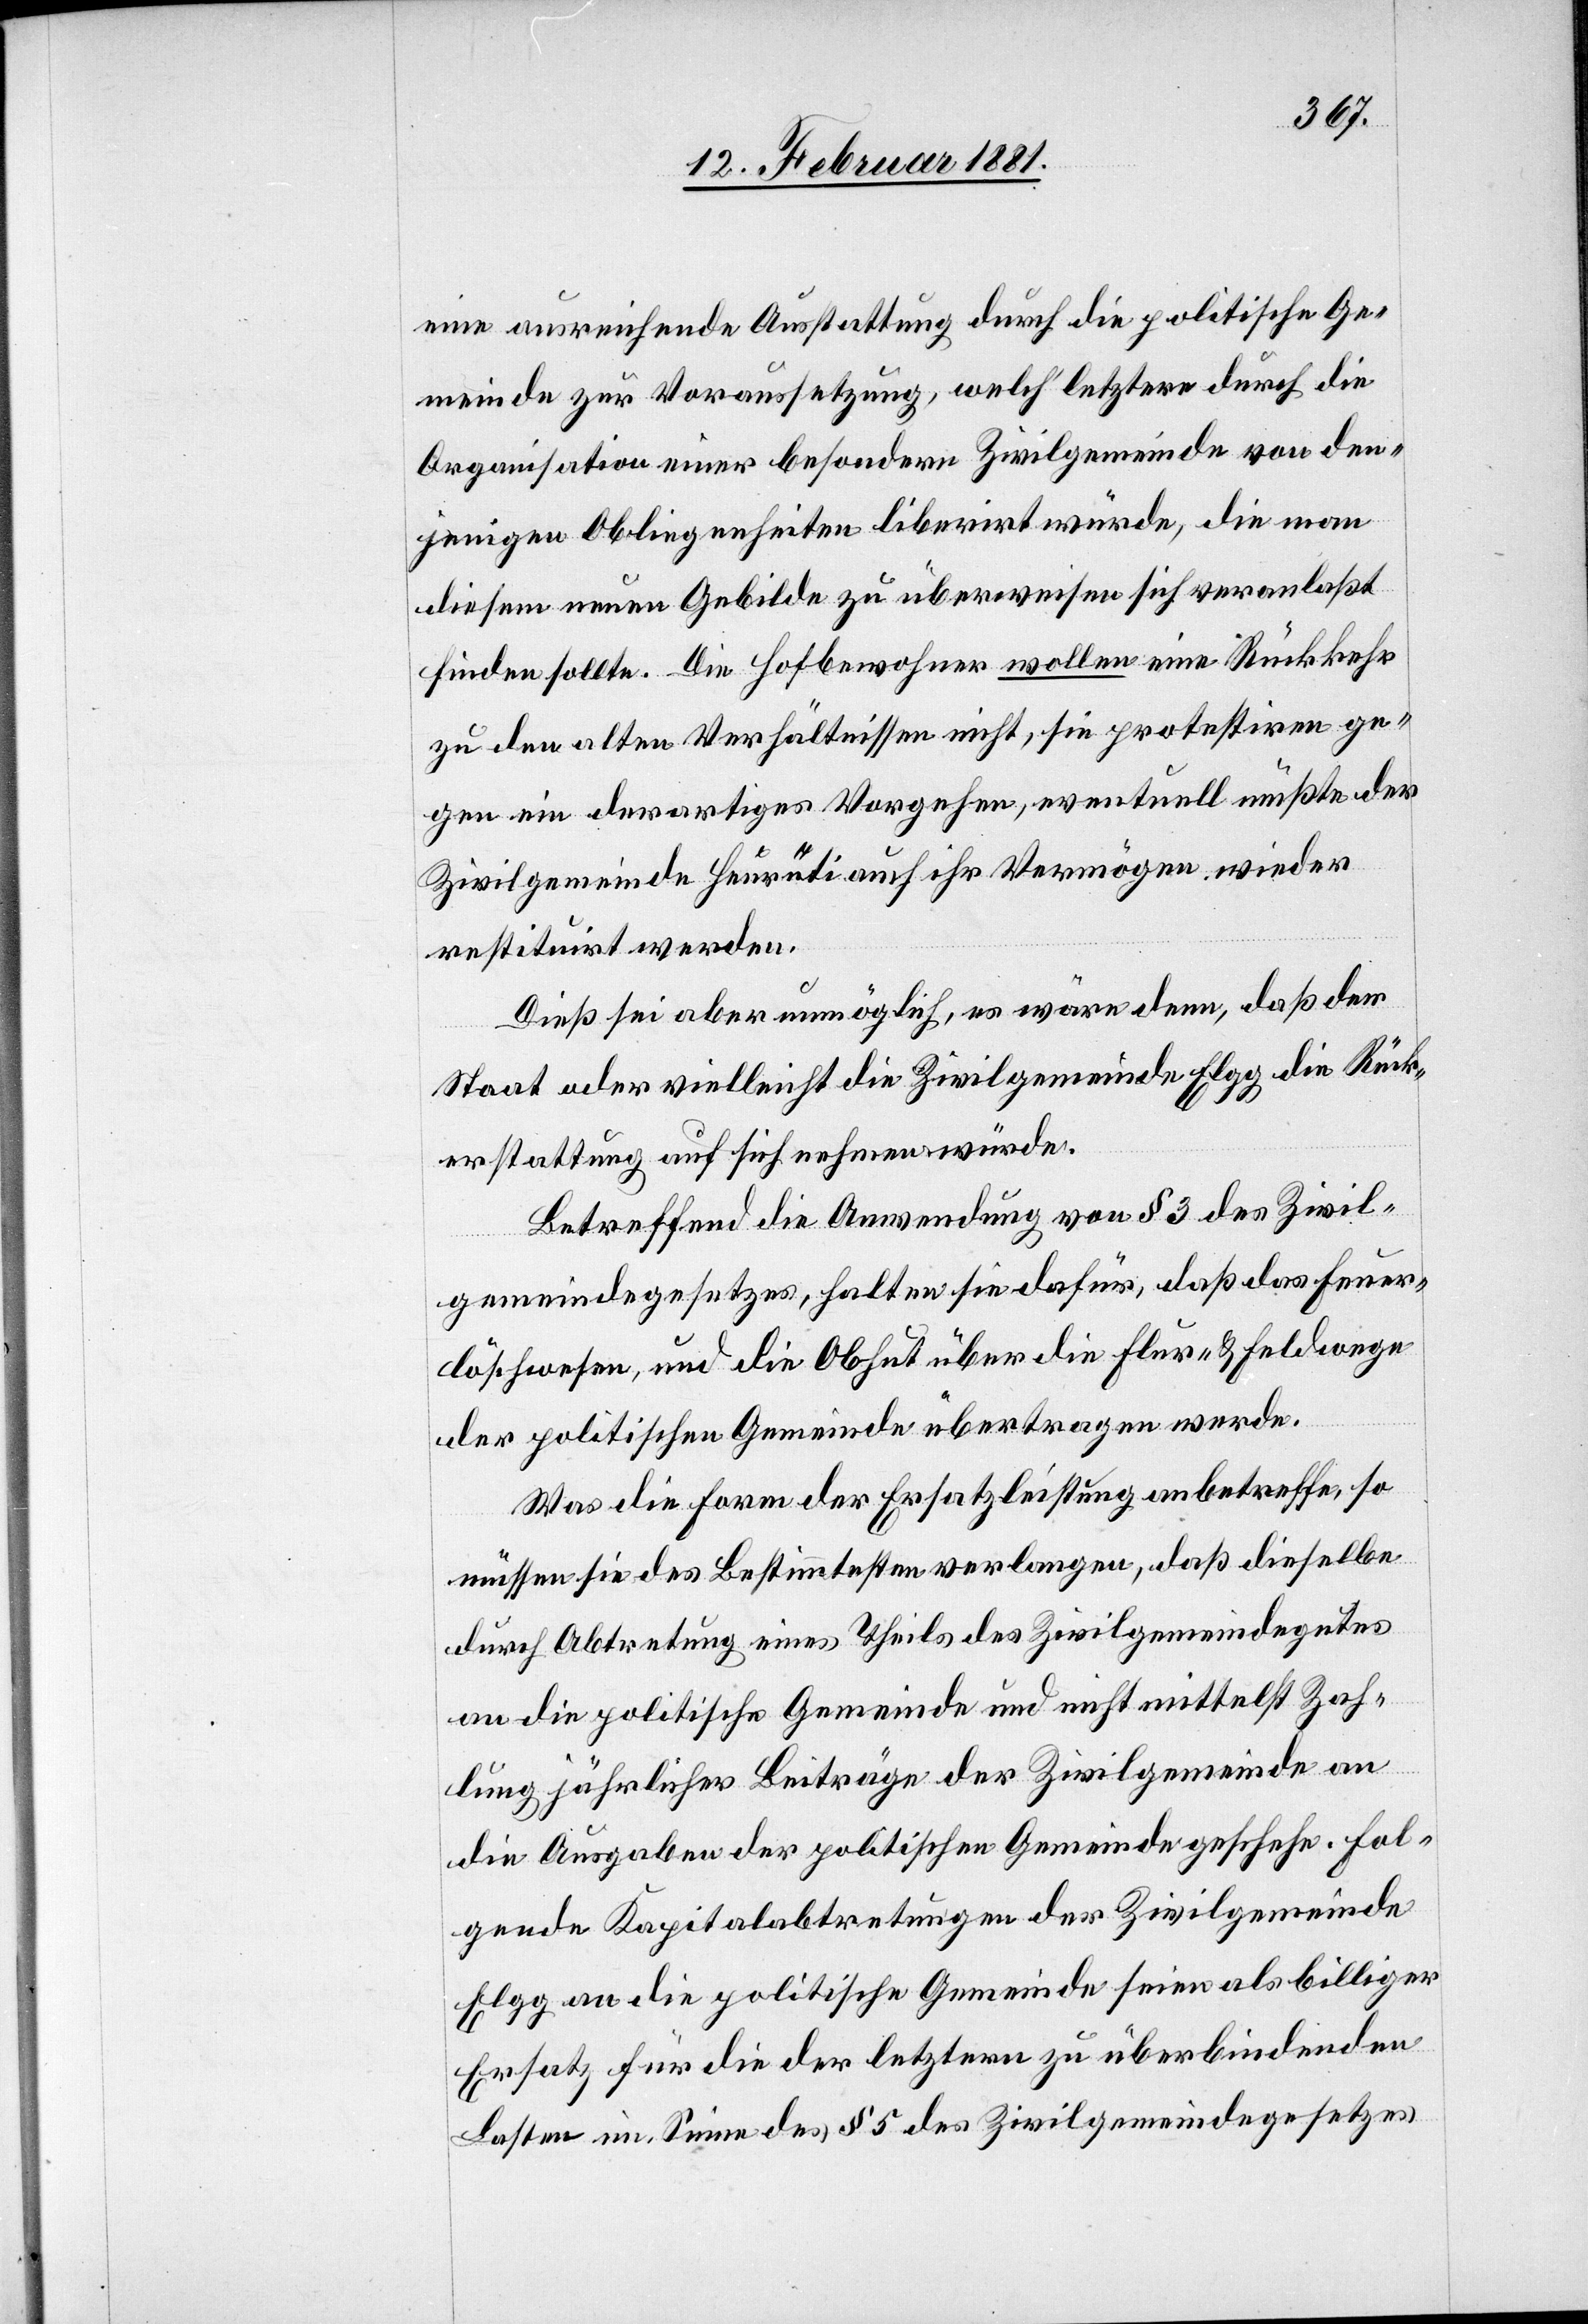
eine ausreichende Ausstattung durch die politische Ge¬
meinde zur Voraussetzung, welch’ letztere durch die
Organisation einer besondern Zivilgemeinde von den¬
jenigen Obliegenheiten liberirt würde, die man
diesem neuen Gebilde zu überweisen sich veranlaßt
finden sollte. Die Hofbewohner wollen eine Rückkehr
zu den alten Verhältnissen nicht, sie protestiren ge¬
gen ein derartiges Vorgehen, eventuell müßte der
Zivilgemeinde Heurüti auch ihr Vermögen wieder
restituirt werden.
Dieß sei aber unmöglich, es wäre denn, daß der
Staat oder vielleicht die Zivilgemeinde Elgg die Rück¬
erstattung auf sich nehmen würde.
Betreffend die Anwendung, von § 3 des Zivil¬
gemeindegesetzes, halten sie dafür, daß das Feuer¬
löschwesen, und die Obhut über die Flur- & Feldwege
der politischen Gemeinde übertragen werde.
Was die Form der Ersatzleistung anbetreffe, so
müssen sie des Bestimmtesten verlangen, daß dieselbe
durch Abtretung eines Theils des Zivilgemeindegutes
an die politische Gemeinde und nicht mittelst Zah¬
lung jährlicher Beiträge der Zivilgemeinde an
die Ausgaben der politischen Gemeinde geschehe. Fol¬
gende Kapitalabtretungen der Zivilgemeinde
Elgg an die politische Gemeinde seien als billiger
Ersatz für die der letztern zu überbindenden
Lasten im Sinne des § 5 des Zivilgemeindegesetzes